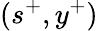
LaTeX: (s^{+},y^{+})